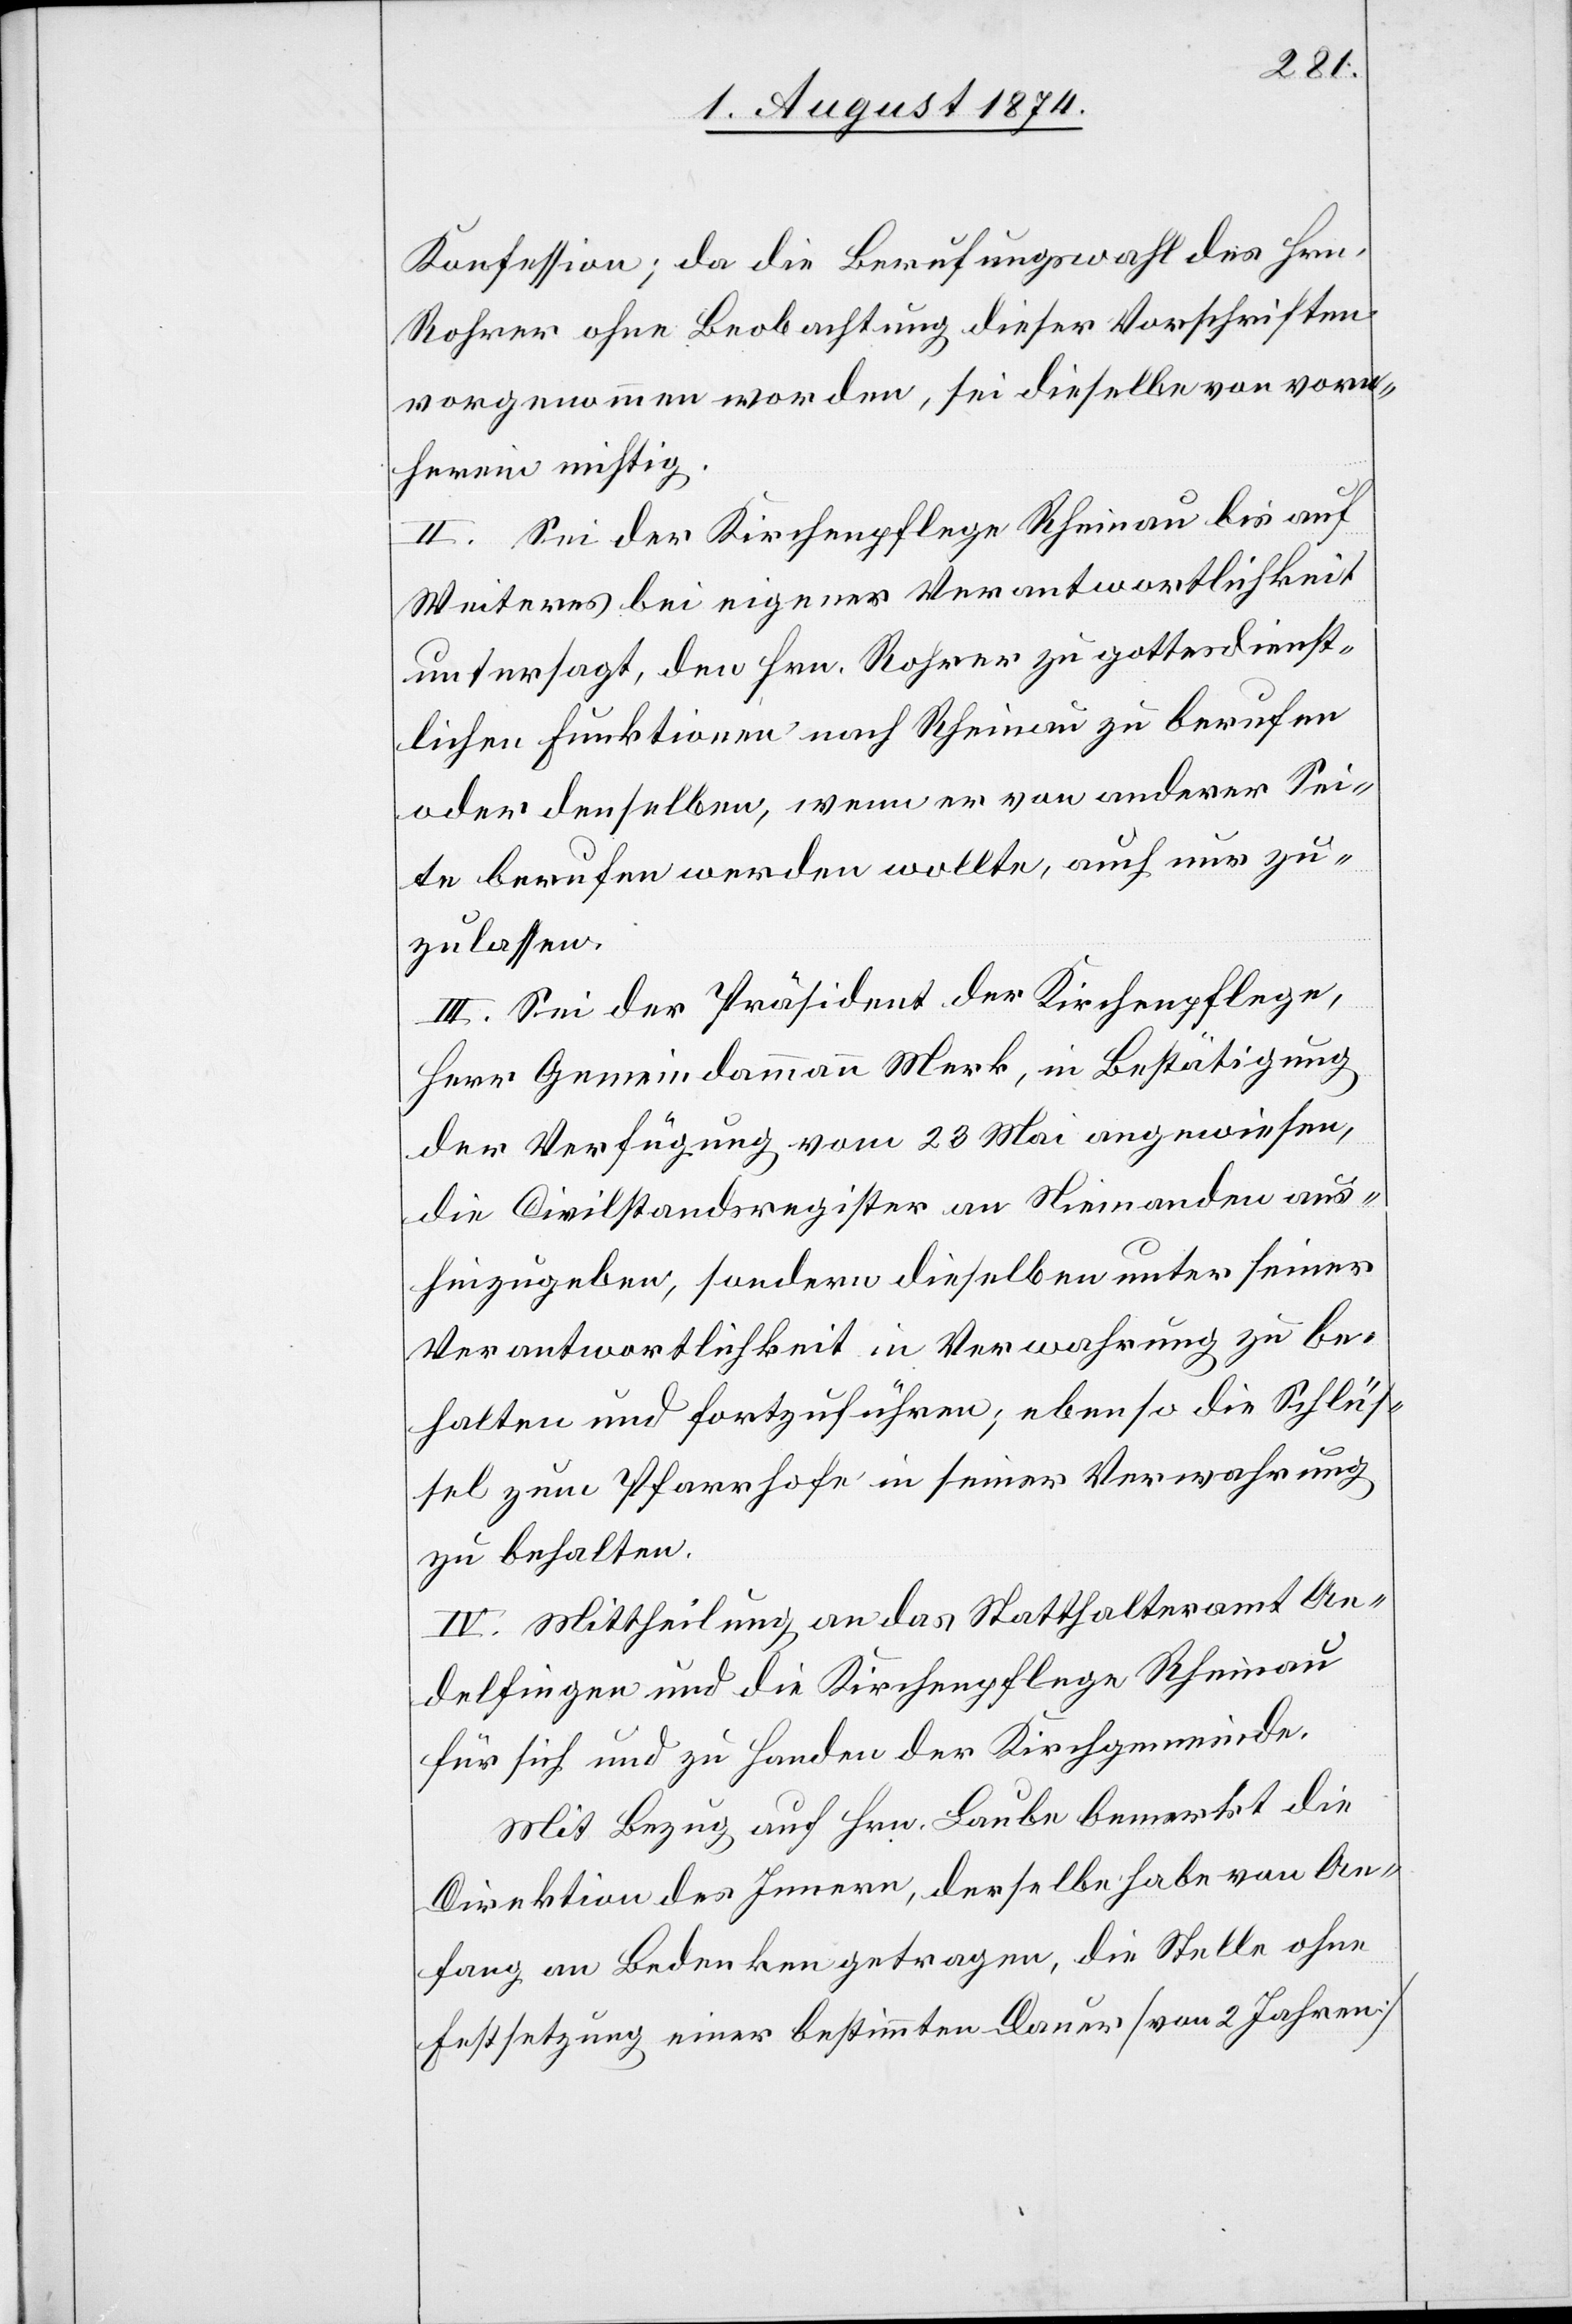
Konfession; da die Berufungswahl des Hrn.
Rohrer ohne Beobachtung dieser Vorschriften
vorgenommen worden, sei dieselbe von vorn¬
herein nichtig.
II. Sei der Kirchenpflege Rheinau bis auf
Weiteres bei eigener Verantwortlichkeit
untersagt, den Hrn. Rohrer zu gottesdienst¬
lichen Funktionen nach Rheinau zu berufen
oder denselben, wenn er von anderer Sei¬
te berufen werden wollte, auch nur zu¬
zulassen.
III. Sei der Präsident der Kirchenpflege,
Herr Gemeindamman Merk, in Bestätigung
der Verfügung vom 23. Mai angewiesen,
die Civilstandsregister an Niemanden aus¬
hinzugeben, sondern dieselben unter seiner
Verantwortlichkeit in Verwahrung zu be¬
halten und fortzuführen; ebenso die Schlüs¬
sel zum Pfarrhofe in seiner Verwahrung
zu behalten.
IV. Mittheilung an das Statthalteramt An¬
delfingen und die Kirchenpflege Rheinau
für sich und zu Handen der Kirchgemeinde.
Mit Bezug auf Hrn. Laube bemerkt die
Direktion des Innern, derselbe habe von An¬
fang an Bedenken getragen, die Stelle ohne
Festsetzung einer bestimmten Dauer [von 2 Jahren]